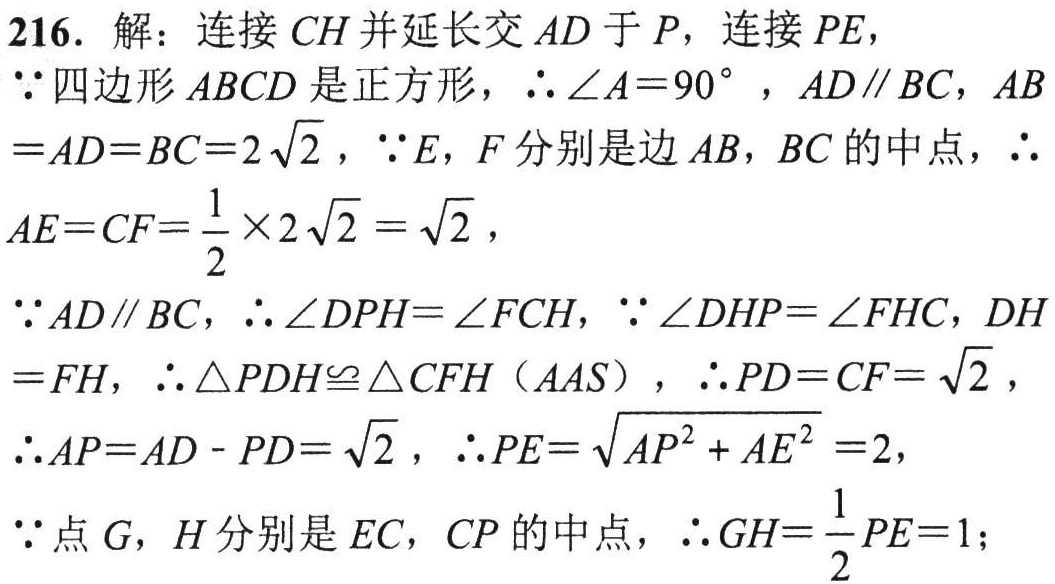
216. 解：连接 \(CH\) 并延长交 \(AD\) 于 \(P\)，连接 \(PE\)，

\(\because\)四边形 \(ABCD\) 是正方形，\(\therefore \angle A = 90^{\circ}\)，\(AD\parallel BC\)，\(AB = AD = BC = 2\sqrt{2}\)，\(\because E\)，\(F\) 分别是边 \(AB\)，\(BC\) 的中点，\(\therefore\)

\(AE = CF=\frac{1}{2}\times 2\sqrt{2}=\sqrt{2}\)，

\(\because AD\parallel BC\)，\(\therefore \angle DPH=\angle FCH\)，\(\because \angle DHP = \angle FHC\)，\(DH = FH\)，\(\therefore \triangle PDH\cong \triangle CFH\)（\(AAS\)），\(\therefore PD = CF=\sqrt{2}\)，

\(\therefore AP = AD - PD=\sqrt{2}\)，\(\therefore PE=\sqrt{AP^{2}+AE^{2}} = 2\)，

\(\because\)点 \(G\)，\(H\) 分别是 \(EC\)，\(CP\) 的中点，\(\therefore GH=\frac{1}{2}PE = 1\)；